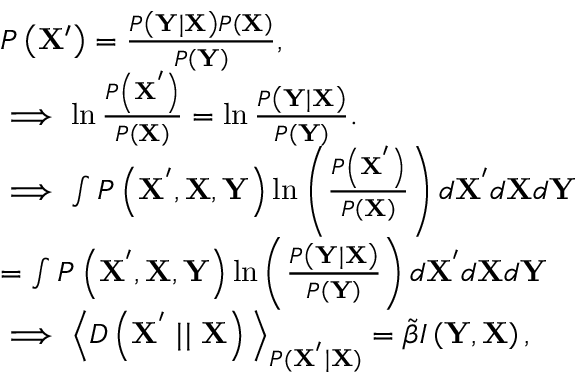
\begin{array} { r l } & { P \left( \mathbf { X ^ { \prime } } \right) = \frac { P \left( \mathbf { Y } \mid \mathbf { X } \right) P \left( \mathbf { X } \right) } { P \left( \mathbf { Y } \right) } , } \\ & { \implies \ln \frac { P \left( \mathbf { X ^ { ' } } \right) } { P \left( \mathbf { X } \right) } = \ln \frac { P \left( \mathbf { Y } \mid \mathbf { X } \right) } { P \left( \mathbf { Y } \right) } . } \\ & { \implies \int P \left( \mathbf { X ^ { ' } } , \mathbf { X } , \mathbf { Y } \right) \ln \left( \frac { P \left( \mathbf { X ^ { ' } } \right) } { P \left( \mathbf { X } \right) } \right) d \mathbf { X ^ { ' } } d \mathbf { X } d \mathbf { Y } } \\ & { = \int P \left( \mathbf { X ^ { ' } } , \mathbf { X } , \mathbf { Y } \right) \ln \left( \frac { P \left( \mathbf { Y } \mid \mathbf { X } \right) } { P \left( \mathbf { Y } \right) } \right) d \mathbf { X ^ { ' } } d \mathbf { X } d \mathbf { Y } } \\ & { \implies \Big \langle D \left( \mathbf { X ^ { ' } } \mid \mid \mathbf { X } \right) \Big \rangle _ { P ( \mathbf { X ^ { ' } } \mid \mathbf { X } ) } = \tilde { \beta } I \left( \mathbf { Y } , \mathbf { X } \right) , } \end{array}